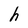
Character: h